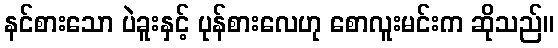
နင်စားသော ပဲခူးနှင့် ပုန်စားလေဟု စောလူးမင်းက ဆိုသည်။